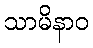
သာမိနာဝ